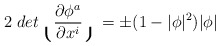
\begin{align*}2\; det \lgroup \frac{\partial\phi^a}{\partial x^{i} } \rgroup =\pm (1 - | \phi |^2 ) | \phi |\end{align*}